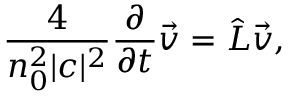
\frac { 4 } { n _ { 0 } ^ { 2 } | c | ^ { 2 } } \frac { \partial } { \partial t } \Vec { v } = \hat { L } \Vec { v } ,